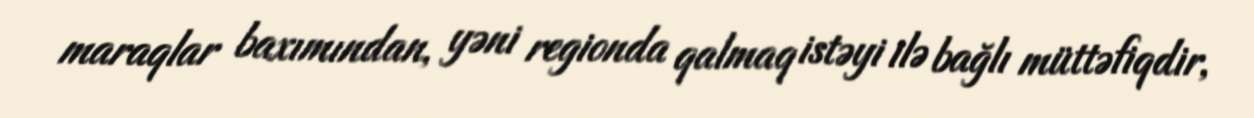
maraqlar baxımından, yəni regionda qalmaq istəyi ilə bağlı müttəfiqdir,